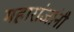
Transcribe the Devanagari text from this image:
महारांजांनी